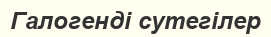
Галогенді сутегілер